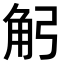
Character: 𧢺